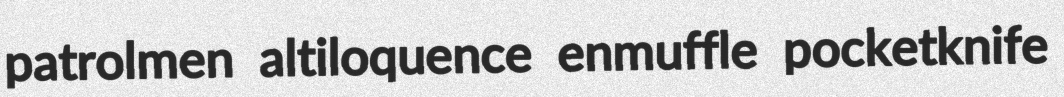
patrolmen altiloquence enmuffle pocketknife